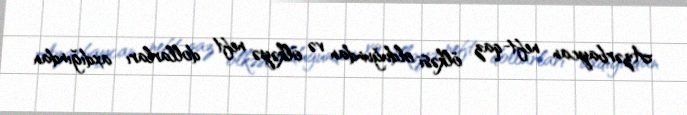
Azərbaycan neft-qaz ölkəsi olduğundan və ölkəyə neft dollarları axdığından